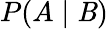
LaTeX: P(A\mid\mathit{B})